Lunatic asylums Central Provinces reports 1910-1926 - 1910-1926
Year: 1910
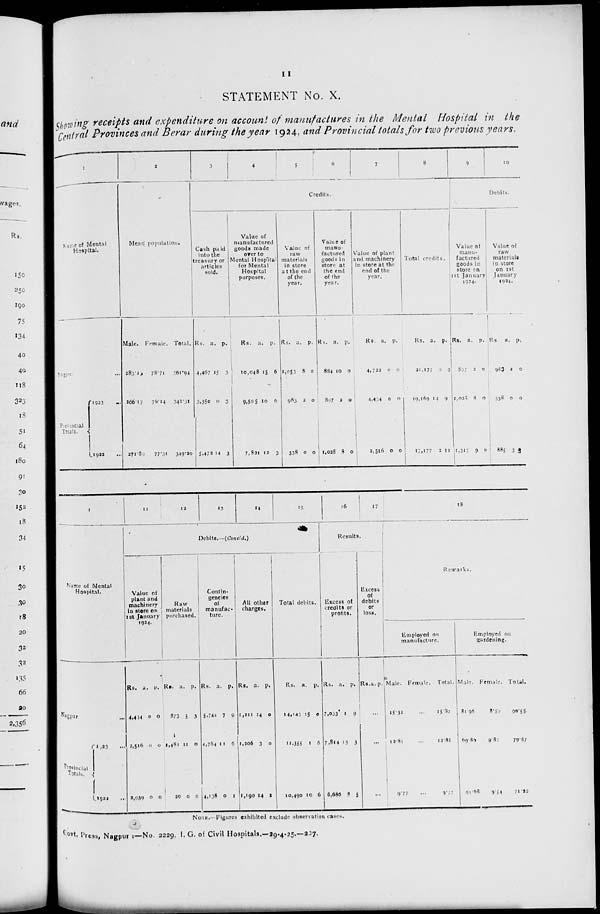
11
STATEMENT No. X.
Showing receipts and expenditure on account of manufactures in the Mental Hospital in the
Central Provinces and Berar during the year 1924, and Provincial totals for two previous years.
1
Name of Mental
Hospital.
Nagpur ...
Provincial
Totals.
1923
1922
2
Mean population.
Male.
283.23
266.17
271.80
Female.
78.71
76.14
77.31
Total.
361.94
342.31
349.20
3
4
5
6
7
8
Credits.
Cash paid
into the
treasury or
articles
sold.
Rs.
4.467
3,350
3,472
a.
15
0
14
p.
3
3
3
Value of
manufactured
goods made
over to
Mental Hospital
for Mental
Hospital
purposes.
Rs.
10,048
9,505
7,821
a.
15
10
12
p.
6
6
3
Value of
raw
materials
in store
at the end
of the
year.
Rs.
1,053
983
338
a.
8
2
0
p.
0
0
0
Value of
manu-
factured
goods in
store at
the end
of the
year.
Rs.
884
897
1,028
a.
10
2
8
p.
0
0
0
Value of plant
and machinery
in store at the
end of the
year.
Rs.
4,722
4,434
2,516
a.
0
0
0
p.
0
0
0
Total credits.
Rs.
21,177
19,169
17,177
a.
0
14
2
p.
0
9
11
9
10
Debits.
Value of
manu-
factured
goods in
store on
1st January
1924.
Rs.
807
1,028
1,317
a.
2
8
9
p.
0
0
0
Value of
raw
materials
in store
on 1st
January
1924.
Rs.
983
338
885
a.
2
0
3
p.
0
0
3
1
Name of Mental
Hospital.
Nagpur ...
Provincial
Totals.
1923 ...
1922 ...
11
12
13
14
15
Debits.—(Concld.)
Value of
plant and
machinery
in store on
1st January
1924.
Rs.
4,434
2,516
2,939
a.
0
0
0
p.
0
0
0
Raw
materials
purchased.
Rs.
873
1,481
20
a.
5
11
0
p.
3
0
0
Contin-
gencies
of
manufac-
ture.
Rs.
5,744
4,784
4,138
a.
7
11
0
p.
9
6
1
All other
charges.
Rs.
1,211
1,206
1,190
a.
14
3
14
p.
0
0
2
Total debits.
Rs.
14,143
11,355
10,490
a.
15
1
10
p.
0
6
6
16
17
Results.
Excess of
credits or
profits.
Rs.
7,033
7,814
6,686
a.
1
13
8
p.
9
3
5
Excess
of
debits
or
loss.
Rs. a. p.
...
...
...
18
Remarks.
Employed on
manufacture.
Male.
15.32
12.81
9.77
Female.
...
...
...
Total.
15.32
12.81
9.77
Employed on
gardening.
Male.
81.96
69.80
61.68
Female.
8.51
9.87
9.54
Total.
90.55
79.67
71.22
NOTE.—Figures exhibited exclude observation cases.
Govt. Press, Nagpur :—No. 2229, I. G. of Civil Hospitals.—29-4-25.—207.